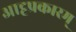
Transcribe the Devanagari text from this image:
आट्टप्रकारम्